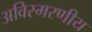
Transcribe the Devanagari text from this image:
अविस्‍मरणीय